Plague in India, 1896, 1897 - Volume 1
Year: 1896
Disease focus: Plague
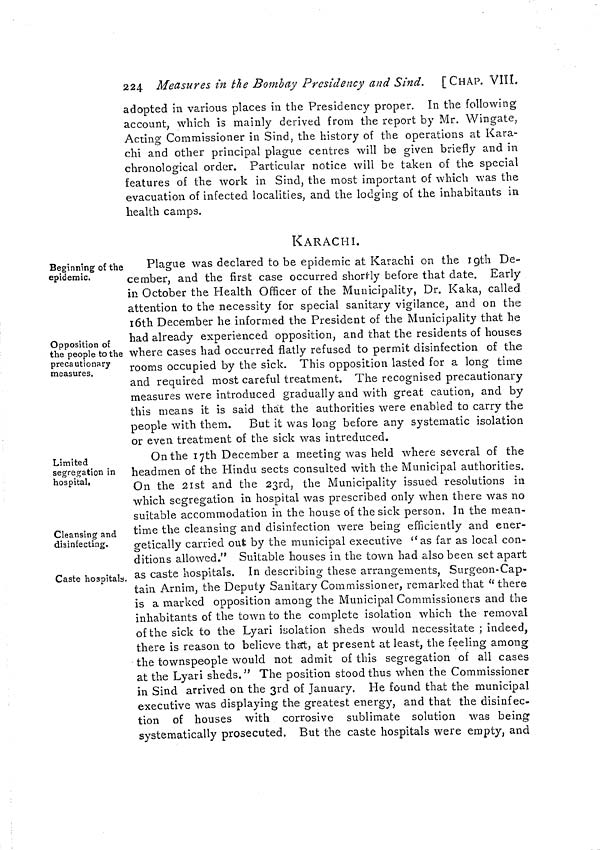
224 Measures in the Bombay Presidency and Sind. [CHAP. VIII.
adopted in various places in the Presidency proper. In the following
account, which is mainly derived from the report by Mr. Wingate,
Acting Commissioner in Sind, the history of the operations at Kara-
chi and other principal plague centres will be given briefly and in
chronological order. Particular notice will be taken of the special
features of the work in Sind, the most important of which was the
evacuation of infected localities, and the lodging of the inhabitants in
health camps.
KARACHI.
Beginning of the
epidemic.
Opposition of
the people to the
precautionary
measures.
Plague was declared to be epidemic at Karachi on the 19th De-
cember, and the first case occurred shortly before that date. Early
in October the Health Officer of the Municipality, Dr. Kaka, called,
attention to the necessity for special sanitary vigilance, and on the
16th December he informed the President of the Municipality that he
had already experienced opposition, and that the residents of houses
where cases had occurred flatly refused to permit disinfection of the
rooms occupied by the sick. This opposition lasted for a long time
and required most careful treatment. The recognised precautionary
measures were introduced gradually and with great caution, and by
this means it is said that the authorities were enabled to carry the
people with them. But it was long before any systematic isolation
or even treatment of the sick was intreduced.
Limited
segregation in
hospital,
Cleansing and
disinfecting.
Caste hospitals.
On the 17th December a meeting was held where several of the
headmen of the Hindu sects consulted with the Municipal authorities.
On the 21st and the 23rd, the Municipality issued resolutions in
which segregation in hospital was prescribed only when there was no
suitable accommodation in the house of the sick person. In the mean-
time the cleansing and disinfection were being efficiently and ener-
getically carried out by the municipal executive "as far as local con-
ditions allowed." Suitable houses in the town had also been set apart
as caste hospitals. In describing these arrangements, Surgeon-Cap-
tain Arnim, the Deputy Sanitary Commissioner, remarked that " there
is a marked opposition among the Municipal Commissioners and the
inhabitants of the town to the complete isolation which the removal
of the sick to the Lyari isolation sheds would necessitate ; indeed,
there is reason to believe that, at present at least, the feeling among
the townspeople would not admit of this segregation of all cases
at the Lyari sheds." The position stood thus when the Commissioner
in Sind arrived on the 3rd of January. He found that the municipal
executive was displaying the greatest energy, and that the disinfec-
tion of houses with corrosive sublimate solution was being
systematically prosecuted. But the caste hospitals were empty, and